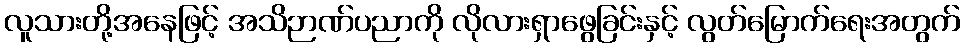
လူသားတို့အနေဖြင့် အသိဉာဏ်ပညာကို လိုလားရှာဖွေခြင်းနှင့် လွတ်မြောက်ရေးအတွက်